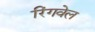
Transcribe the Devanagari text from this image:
रिंगवेल